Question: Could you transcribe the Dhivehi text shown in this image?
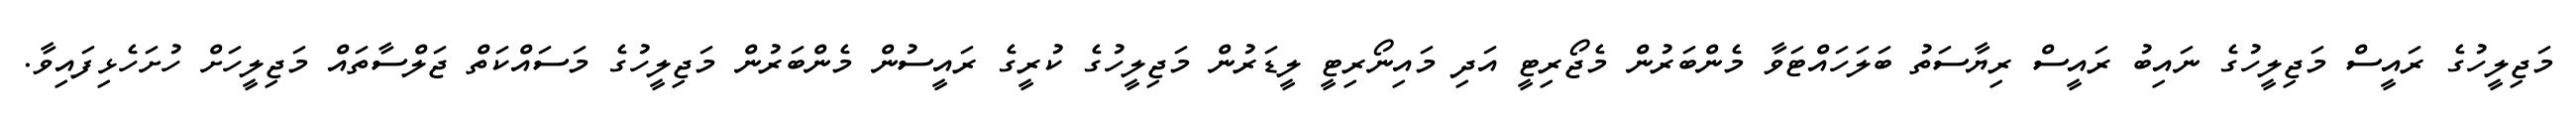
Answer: މަޖިލީހުގެ ރައީސް މަޖިލީހުގެ ނައިބު ރައީސް ރިޔާސަތު ބަލަހައްޓަވާ މެންބަރުން މެޖޯރިޓީ އަދި މައިނޯރިޓީ ލީޑަރުން މަޖިލީހުގެ ކުރީގެ ރައީސުން މެންބަރުން މަޖިލީހުގެ މަސައްކަތް ޖަލްސާތައް މަޖިލީހަށް ހުށަހެޅިފައިވާ.